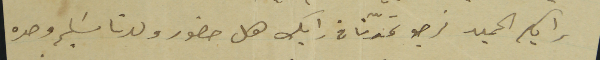
رايكم الحميد نرجو تمدّنا فى رايك هل حضور ولدنا سَليم وحده